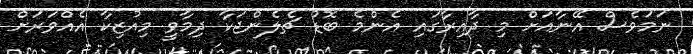
ނަމަވެސް އޭނާއަށް މި ދާއިރާގައި އެންމެ ބޮޑު ޗެލެންޖަކާ ދިމާވީ މިއުޒިކާ އެެއްވަރަށް